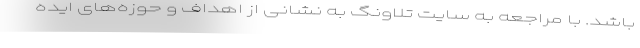
باشد. با مراجعه به سایت تلاونگ به نشانی از اهداف و حوزه‌های ایده‌